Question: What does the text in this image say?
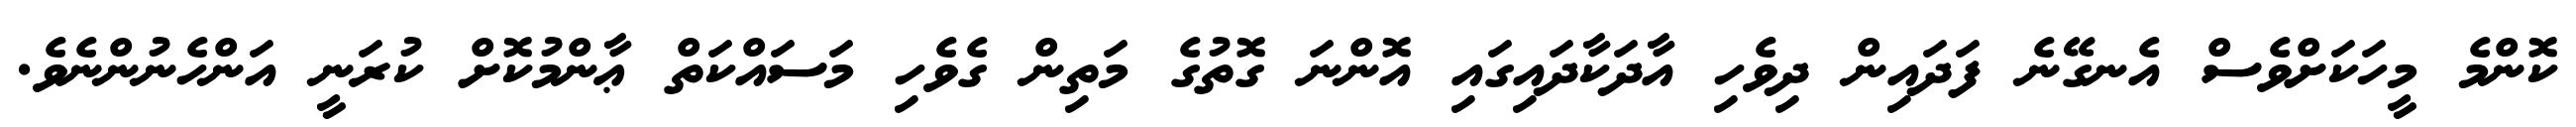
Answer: ކޮންމެ މީހަކަށްވެސް އެނގޭނެ ފަދައިން ދިވެހި އާދަކާދައިގައި އޮންނަ ގޮތުގެ މަތިން ގެވެހި މަސައްކަތް ޢާންމުކޮށް ކުރަނީ އަންހެނުންނެވެ.